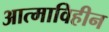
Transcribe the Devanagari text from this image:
आत्माविहीन